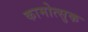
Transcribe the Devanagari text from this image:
कामोत्सुक